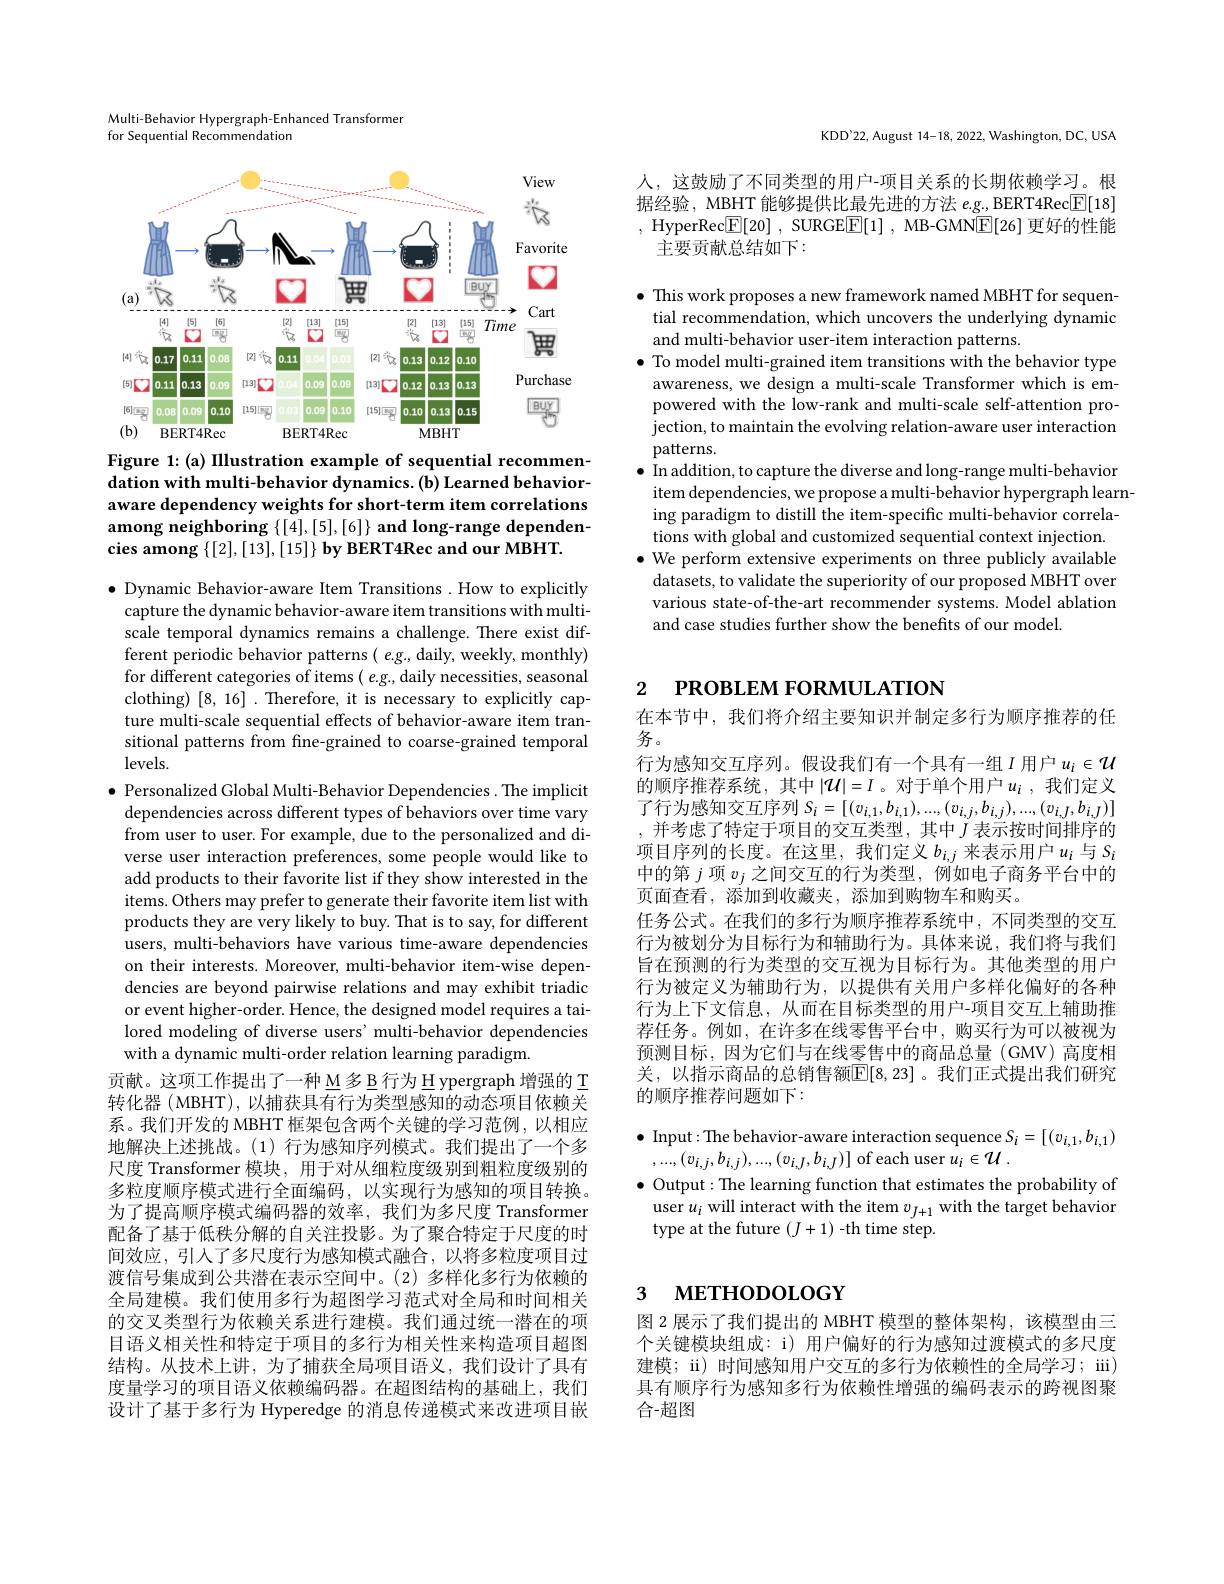
Multi-Behavior Hypergraph-Enhanced Transforme
for Sequential Recommendation

<FigureHere>

Figure 1: (a) Illustration example of sequential recommendation with multi-behavior dynamics. (b) Learned behavioraware dependency weights for short-term item correlations among neighboring $\{[4],[5],[6]\}$ and long-range dependencies among $\{ [ 2] , [ 13] , [ 15] \} \textbf{by BERT4Rec and our MBHT}.$

$\bullet$ Dynamic Behavior-aware Item Transitions .How to explicitly
capture the dynamic behavior-aware item transitions with multiscale temporal dynamics remains a challenge. There exist different periodic behavior patterns( e.g., daily, weekly, monthly) for different categories of items ( e.g., daily necessities, seasonal clothing) [8,16] .Therefore, it is necessary to explicitly capture multi-scale sequential effects of behavior-aware item transitional patterns from fne-grained to coarse-grained temporal $levels.$
$\bullet$ Personalized Global Multi-Behavior Dependencies . The implicit
dependencies across different types of behaviors over time vary from user to user. For example, due to the personalized and diverse user interaction preferences, some people would like to add products to their favorite list if they show interested in the items. Others may prefer to generate their favorite item list with products they are very likely to buy. That is to say, for different users, multi-behaviors have various time-aware dependencies on their interests. Moreover, multi-behavior item-wise dependencies are beyond pairwise relations and may exhibit triadic or event higher-order. Hence, the designed model requires a tailored modeling of diverse users' multi-behavior dependencies with a dynamic multi-order relation learning paradigm.
贡献。这项工作提出了一种 M 多 B 行为 H ypergraph 增强的 T 转化器 ( MBHT), 以捕获具有行为类型感知的动态项目依赖关系。我们开发的 MBHT 框架包含两个关键的学习范例，以相应地解决上述挑战。(1)行为感知序列模式。我们提出了一个多尺度 Transformer 模块，用于对从细粒度级别到粗粒度级别的多粒度顺序模式进行全面编码，以实现行为感知的项目转换。为了提高顺序模式编码器的效率，我们为多尺度 Transformer 配备了基于低秩分解的自关注投影。为了聚合特定于尺度的时间效应，引入了多尺度行为感知模式融合，以将多粒度项目过渡信号集成到公共潜在表示空间中。(2) 多样化多行为依赖的全局建模。我们使用多行为超图学习范式对全局和时间相关的交叉类型行为依赖关系进行建模。我们通过统一潜在的项目语义相关性和特定于项目的多行为相关性来构造项目超图结构。从技术上讲，为了捕获全局项目语义，我们设计了具有度量学习的项目语义依赖编码器。在超图结构的基础上，我们设计了基于多行为 Hyperedge 的消息传递模式来改进项目嵌

KDD'22, August 14-18, 2022, Washington, DC, USA

人，这鼓励了不同类型的用户-项目关系的长期依赖学习。根据经验，MBHT 能够提供比最先进的方法$e$.g., BERT4Rec$\boxed{\mathrm{E}}[18]$ , HyperRec$\boxed{\mathbb{F} }[ 20]$ , SURGE$\boxed{\mathbb{F} }[ 1]$ , MB-GMN$\boxed{\mathbb{F}}[26]$更好的性能
主要贡献总结如下：

$\bullet$ This work proposes a new framework named MBHT for sequential recommendation, which uncovers the underlying dynamic and multi-behavior user-item interaction patterns.
$\bullet$ To model multi-grained item transitions with the behavior type awareness, we design a multi-scale Transformer which is empowered with the low-rank and multi-scale self-attention projection, to maintain the evolving relation-aware user interaction patterns.
$\bullet$ In addition, to capture the diverse and long-range multi-behavior
item dependencies, we propose a multi-behavior hypergraph learning paradigm to distill the item-specific multi-behavior correlations with global and customized sequential context injection. $\bullet$ We perform extensive experiments on three publicly available datasets, to validate the superiority of our proposed MBHT over various state-of-the-art recommender systems. Model ablation and case studies further show the benefits of our model.

# 2 РROВLEМ FORMULATION

在本节中，我们将介绍主要知识并制定多行为顺序推荐的任
务。
行为感知交互序列。假设我们有一个具有一组$I$ 用户 $u_i\in\mathcal{U}$ 的顺序推荐系统，其中$|\mathcal{U}|=I$。对于单个用户$u_i$ ,我们定义了行为感知交互序列$S_i=[(v_{i,1},b_{i,1}),...,(v_{i,j},b_{i,j}),...,(v_{i,J},b_{i,J})]$ ,并考虑了特定于项目的交互类型，其中$J$表示按时间排序的项目序列的长度。在这里，我们定义$b_i,j$来表示用户$u_i$与$S_i$ 中的第$j$项$v_j$之间交互的行为类型，例如电子商务平台中的页面查看，添加到收藏夹，添加到购物车和购买。
任务公式。在我们的多行为顺序推荐系统中，不同类型的交互行为被划分为目标行为和辅助行为。具体来说，我们将与我们旨在预测的行为类型的交互视为目标行为。其他类型的用户行为被定义为辅助行为，以提供有关用户多样化偏好的各种行为上下文信息，从而在目标类型的用户-项目交互上辅助推荐任务。例如，在许多在线零售平台中，购买行为可以被视为预测目标，因为它们与在线零售中的商品总量(GMV)高度相关，以指示商品的总销售额$\mathbb{E}[8,23]$。我们正式提出我们研究的顺序推荐问题如下：

$\bullet$ Input: The behavior-aware interaction sequence $S_i=[(v_{l,1},b_{l,1})$
$,...,(v_{i,j},b_{i,j}),...,(v_{i,J},b_{i,J})]$ of each user $u_i\in\mathcal{U}.$
$\bullet$ Output: The learning function that estimates the probability of user $u_i$ will interact with the item $v_J+1$ with the target behavior type at the future $(J+1)$-th time step.

## 3 мЕТНОDOLOGY

图 2 展示了我们提出的 MBHT 模型的整体架构，该模型由三个关键模块组成：i) 用户偏好的行为感知过渡模式的多尺度建模；ii) 时间感知用户交互的多行为依赖性的全局学习；iii) 具有顺序行为感知多行为依赖性增强的编码表示的跨视图聚合-超图